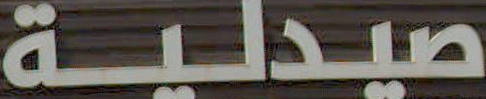
صيدلية